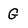
Character: G